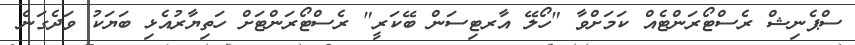
ސްޕެނިޝް ރެސްޓޯރަންޓެއް ކަމަށްވާ "ހޯލޭ އާރޓިސަން ބޭކަރީ" ރެސްޓޯރަންޓަށް ހަތިޔާރުއެޅި ބަޔަކު ވަދެގަނެ